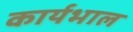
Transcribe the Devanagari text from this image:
कार्यभाल